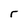
Character: r